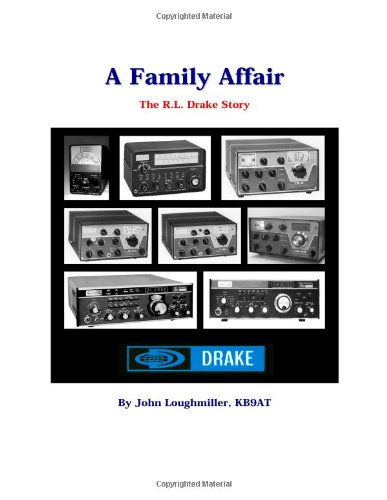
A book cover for A Family Affair - The R. L. Drake Story; John Loughmiller; Crafts, Hobbies & Home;